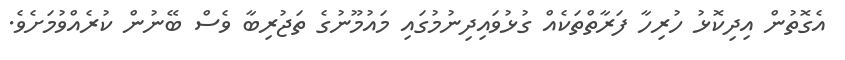
އެގޮތުން އިދިކޮޅު ހުރިހާ ފަރާތްތަކެއް ގުޅުވައިދިނުމުގައި މައުމޫނުގެ ތަޖުރިބާ ވެސް ބޭނުން ކުރެއްވުމަށެވެ.